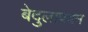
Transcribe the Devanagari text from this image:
बेदुलापदम